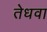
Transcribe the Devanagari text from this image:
तेधवा